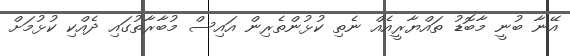
އޭނާ ބުނީ މާބޮޑު ތައްޔާރީއެއް ނެތި ކުޅުންތެރިން އައިސް މުބާރާތުގައި ދެއްކި ކުޅުމަށް